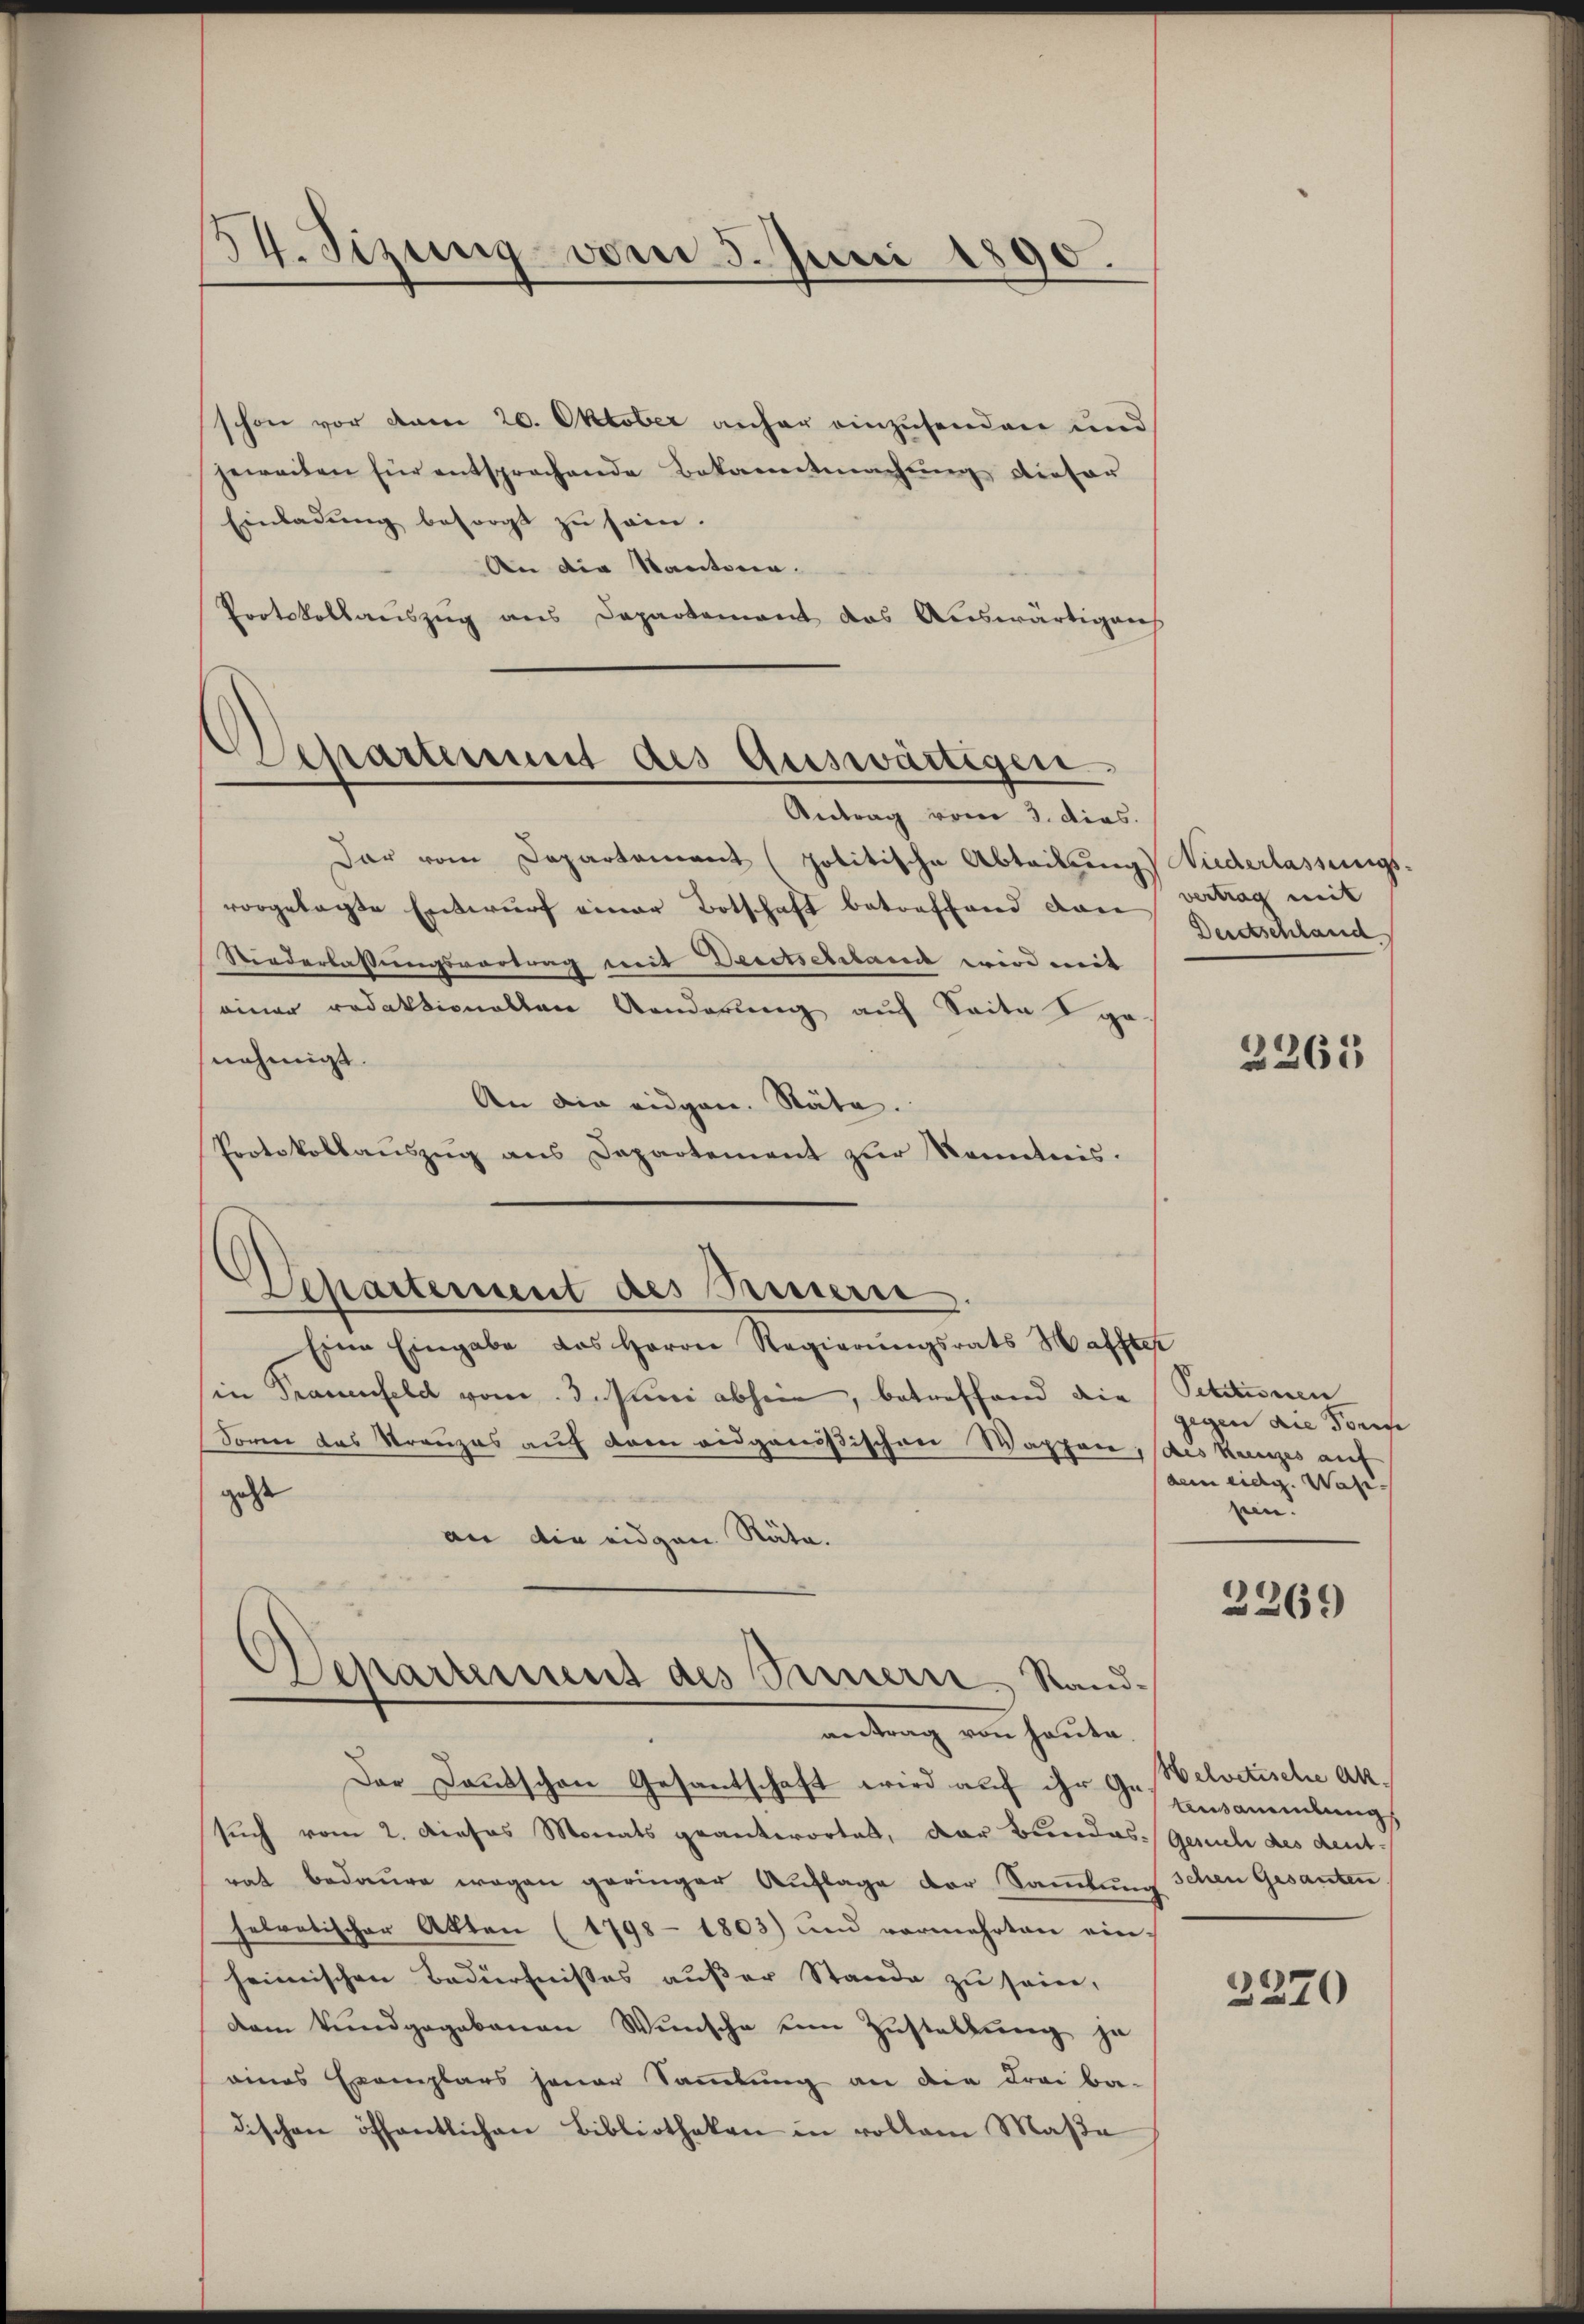
54. Sizung vom 5. Juni 1890.

schon vor dem 20. Oktober anher einzusenden und
jeweiten für entsprochende Bekanntmachŭng dieser
Einladung besorgt zu sein.
An die Staatoren.
Protokollauszug aus Departement das Auswärtigens

Departement des Auswärtigen

Antrag vom 3. dies
dar vom Departement (politische Abteilung Niederlassungs-
vorgelegte Entwŭrf einer Botschaft betreffend dan vertrag mit
Niederlassungsvortrag mit Deretschland wird mit
einer redaktionalten Aenderung auf Seite ge
nehmigt.
An die eidgen. Stäte.
Protokollaŭszŭg ans Departement zur Kenntnis.

Eine Eingabe das Herrn Regierungsrats Haffter
in Trauenfeld vom 3. Juni absein, betreffend die
Soren das Kranzes auf dem eidgenößischen Wappen, des Kanzes auf
geste
an die eidgen Räte.
antrag von heute.
Der Dankschen Gesantschaft wird auf ihr Gebelvetische Aksuch vom 2. Dieses Monats geantwortet, der Bundesrat bedaure wegen geringer Auflage der Sammlung schen Gesanten
helvetischer Akten (1798 - 1803) und vermehrten ein-
heimischen Bedürfnißes außer Stande zu sein,
dem Bundgegebauen Wünsche um Zustellung je
eines Exemplars jener Sammlung an die Frei ba-
dischen öffentlichen Bibliotheken in vollem Maße

Departement des Brunnern

Separtement des Sinnern Stand¬

Derdtschland

2265

Petitionen
gegen die Fors
dem eidg. Wasi-
nein.

2269

Ansammlung
Gesuche des deut-

2370